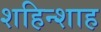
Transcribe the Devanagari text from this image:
शहिन्शाह